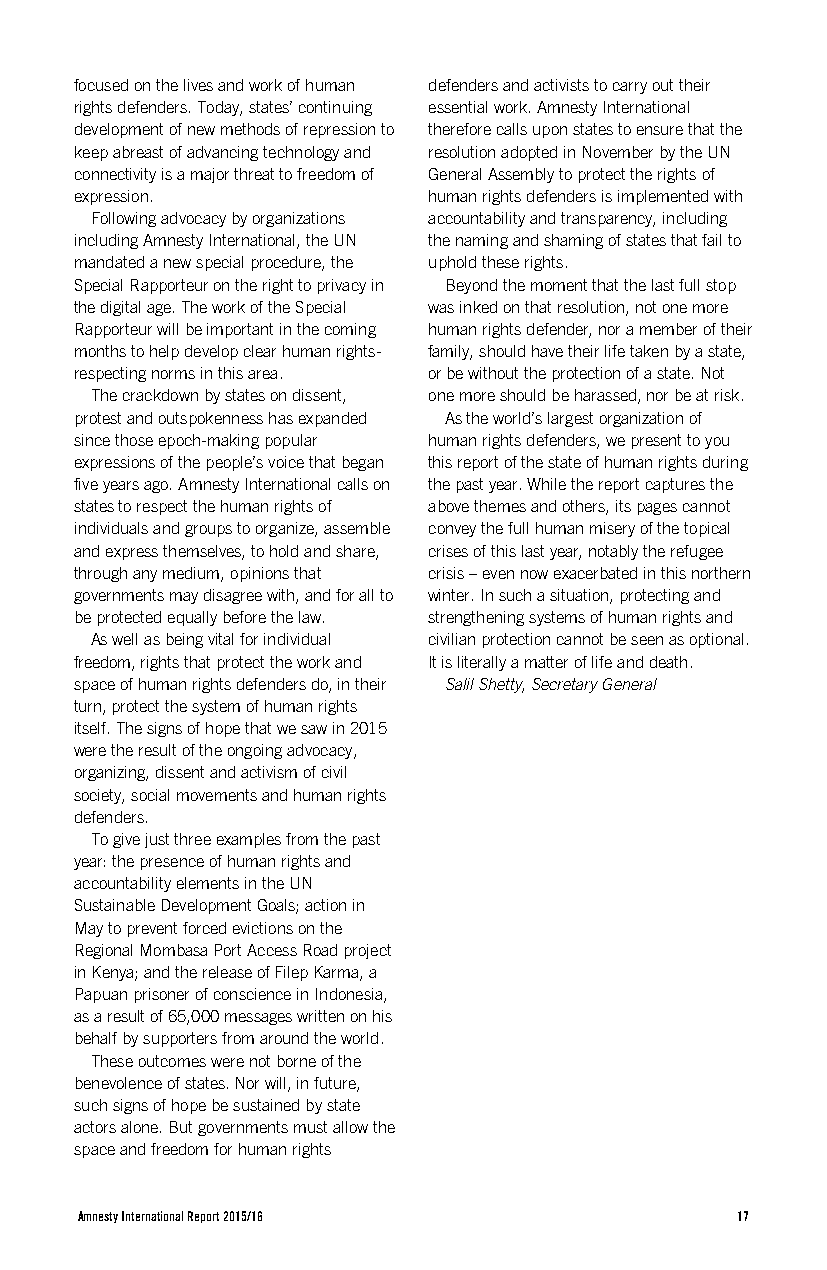
focused on the lives and work of human defenders and activists to carry out their
 rights defenders. Today, states’ continuing essential work. Amnesty International
 development of new methods of repression to therefore calls upon states to ensure that the
 keep abreast of advancing technology and resolution adopted in November by the UN
 connectivity is a major threat to freedom of General Assembly to protect the rights of
 expression.            human rights defenders is implemented with
 Following advocacy by organizations accountability and transparency, including
 including Amnesty International, the UN the naming and shaming of states that fail to
 mandated a new special procedure, the uphold these rights.
 Special Rapporteur on the right to privacy in Beyond the moment that the last full stop
 the digital age. The work of the Special was inked on that resolution, not one more
 Rapporteur will be important in the coming human rights defender, nor a member of their
 months to help develop clear human rights- family, should have their life taken by a state,
 respecting norms in this area. or be without the protection of a state. Not
 The crackdown by states on dissent, one more should be harassed, nor be at risk.
 protest and outspokenness has expanded As the world’s largest organization of
 since those epoch-making popular human rights defenders, we present to you
 expressions of the people’s voice that began this report of the state of human rights during
 five years ago. Amnesty International calls on the past year. While the report captures the
 states to respect the human rights of above themes and others, its pages cannot
 individuals and groups to organize, assemble convey the full human misery of the topical
 and express themselves, to hold and share, crises of this last year, notably the refugee
 through any medium, opinions that crisis – even now exacerbated in this northern
 governments may disagree with, and for all to winter. In such a situation, protecting and
 be protected equally before the law. strengthening systems of human rights and
 As well as being vital for individual civilian protection cannot be seen as optional.
 freedom, rights that protect the work and It is literally a matter of life and death.
 space of human rights defenders do, in their Salil Shetty, Secretary General
 turn, protect the system of human rights
 itself. The signs of hope that we saw in 2015
 were the result of the ongoing advocacy,
 organizing, dissent and activism of civil
 society, social movements and human rights
 defenders.
 To give just three examples from the past
 year: the presence of human rights and
 accountability elements in the UN
 Sustainable Development Goals; action in
 May to prevent forced evictions on the
 Regional Mombasa Port Access Road project
 in Kenya; and the release of Filep Karma, a
 Papuan prisoner of conscience in Indonesia,
 as a result of 65,000 messages written on his
 behalf by supporters from around the world.
 These outcomes were not borne of the
 benevolence of states. Nor will, in future,
 such signs of hope be sustained by state
 actors alone. But governments must allow the
 space and freedom for human rights
 Amnesty International Report 2015/16        17